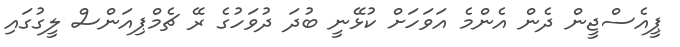
ޕީއެސްޖީން ދެން އެންމެ އަވަހަށް ކުޅޭނީ ބުދަ ދުވަހުގެ ރޭ ޗެމްޕިއަންސް ލީގުގައި